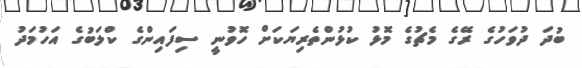
ބުދަ ދުވަހުގެ ރޭގެ މެޗުގެ މޮޅު ކުޅުންތެރިޔަކަށް ހޮވުނީ ސިފައިންގެ ކްލަބުގެ އަހުމަދު